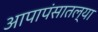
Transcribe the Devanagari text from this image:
आपापंसातल्या